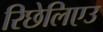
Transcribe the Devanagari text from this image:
रिछेलिएउ